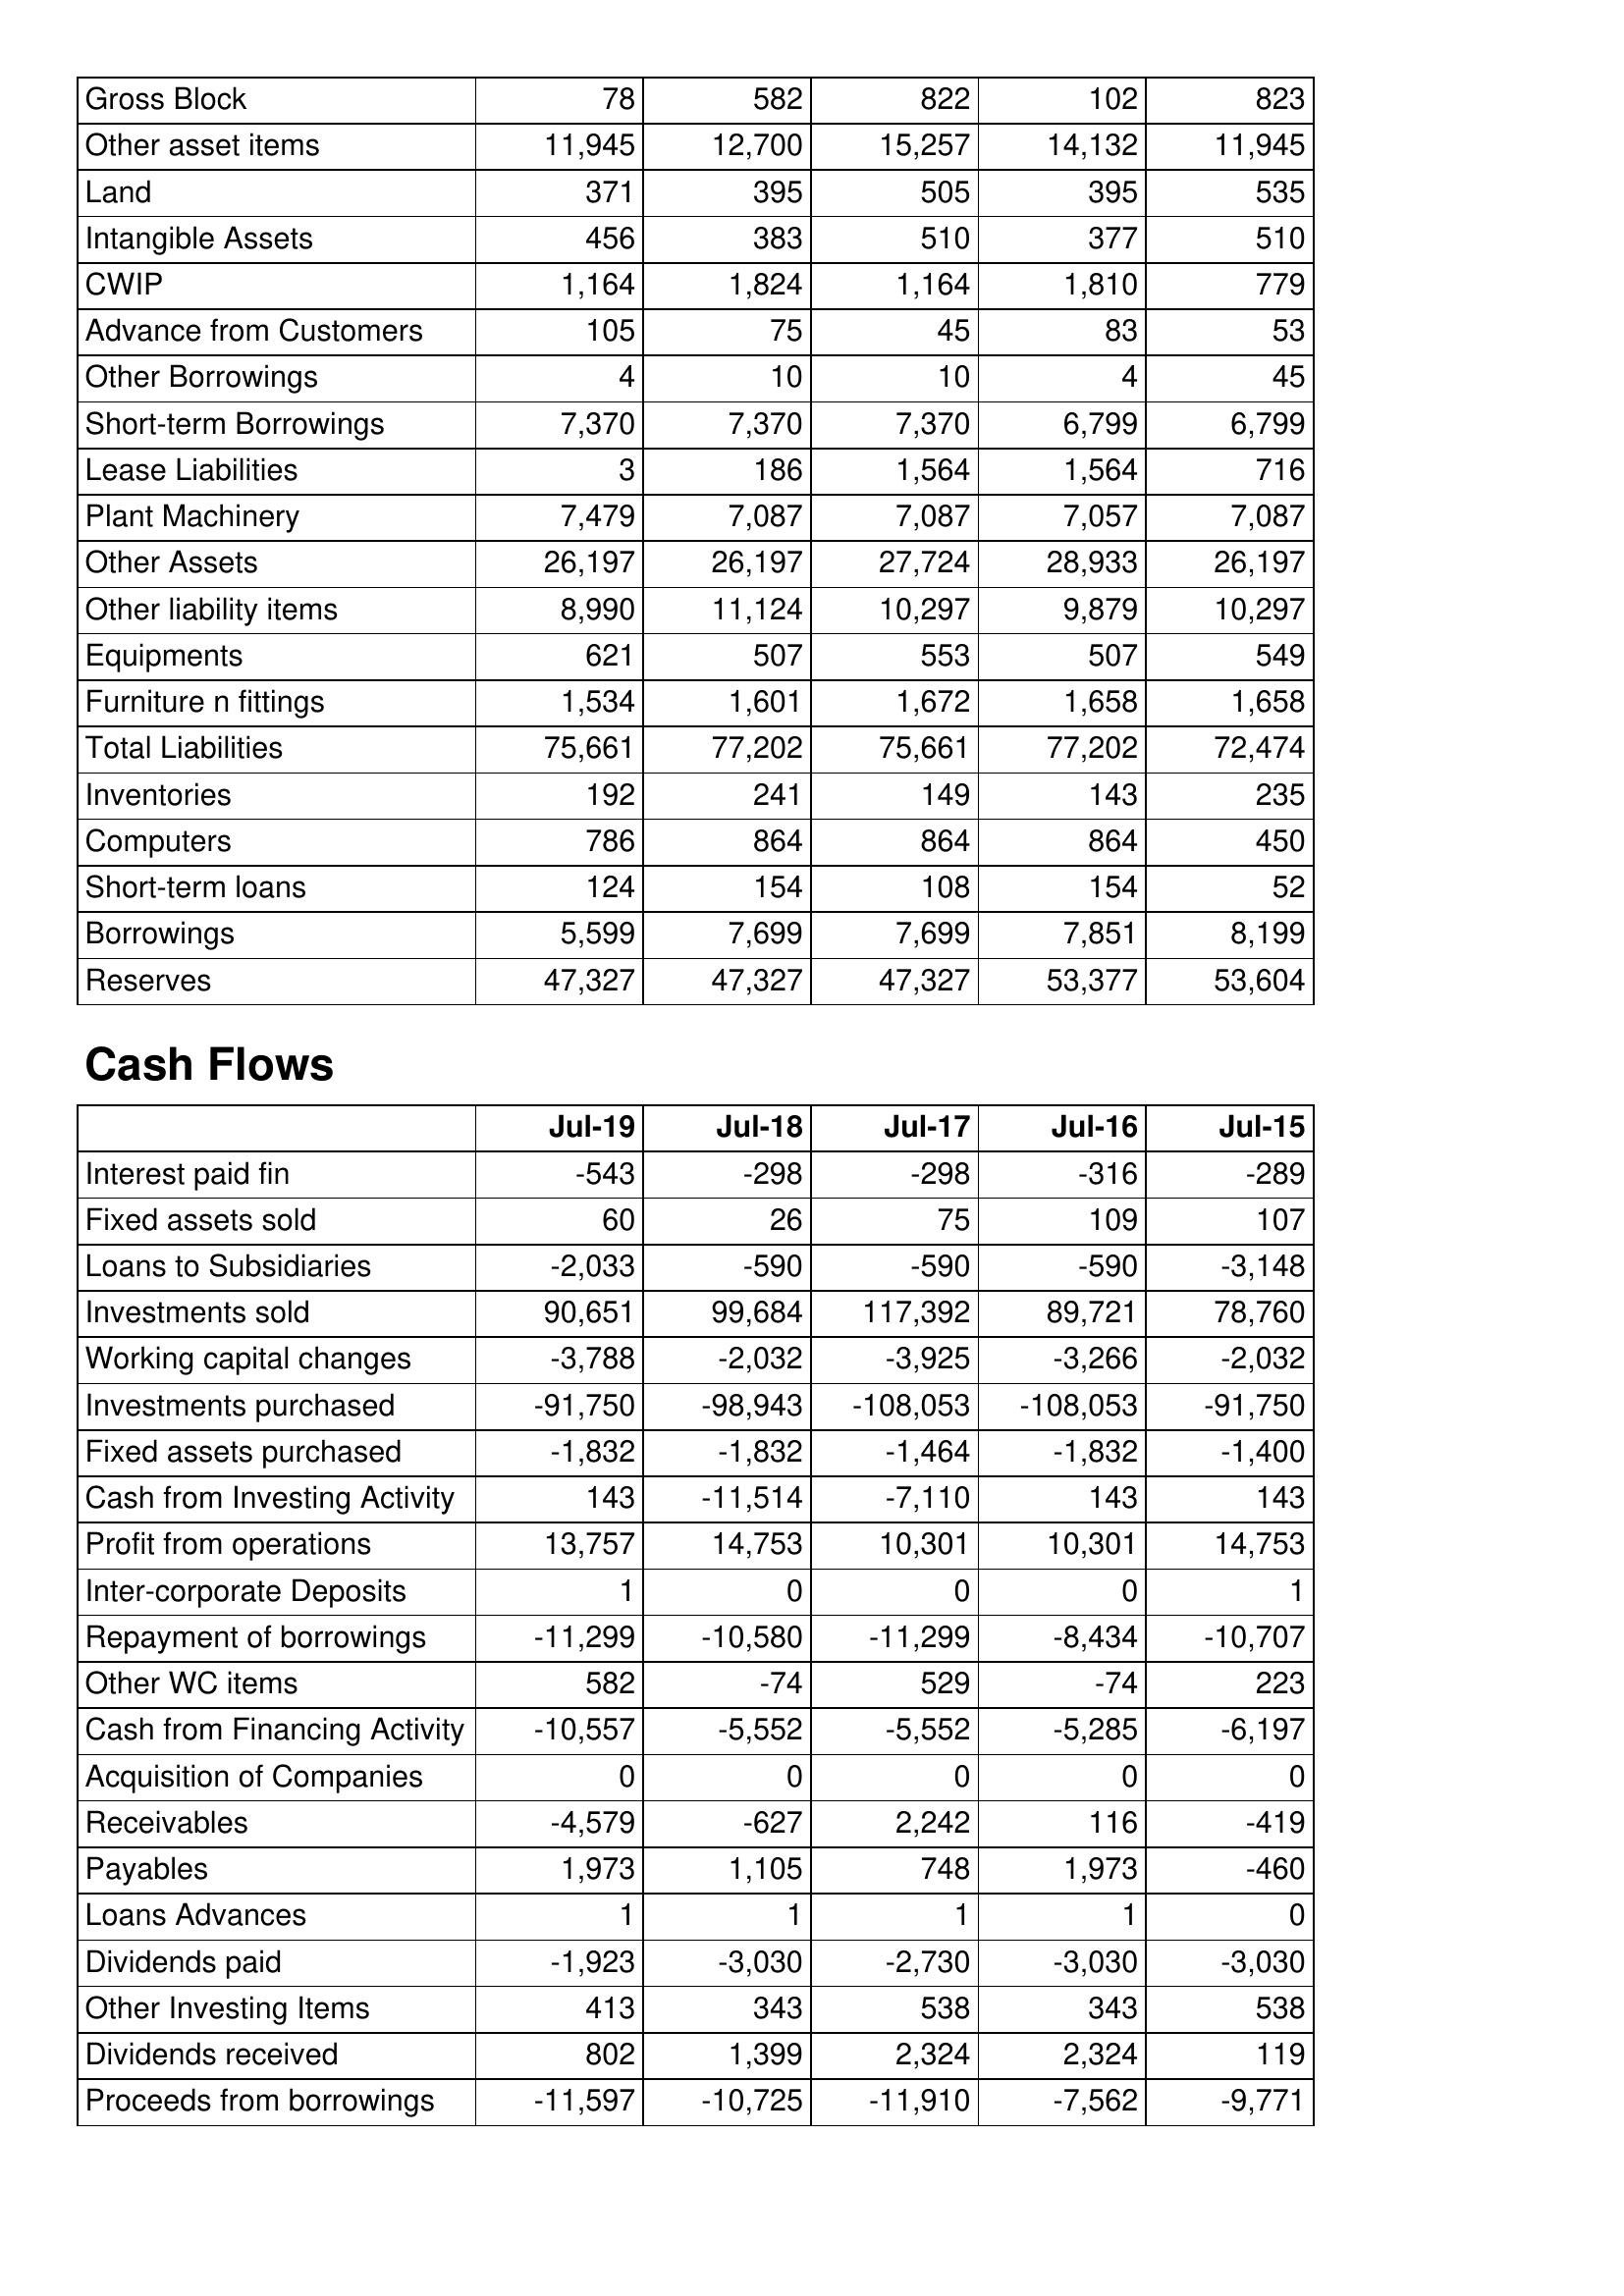
Jul-19: Balance Sheet: Gross Block: 78
Other asset items: 11,945
Land: 371
Intangible Assets: 456
CWIP: 1,164
Advance from Customers: 105
Other Borrowings: 4
Short-term Borrowings: 7,370
Lease Liabilities: 3
Plant Machinery: 7,479
Other Assets: 26,197
Other liability items: 8,990
Equipments: 621
Furniture n fittings: 1,534
Total Liabilities: 75,661
Inventories: 192
Computers: 786
Short-term loans: 124
Borrowings: 5,599
Reserves: 47,327
Cash Flows: Interest paid fin: -543
Fixed assets sold: 60
Loans to Subsidiaries: -2,033
Investments sold: 90,651
Working capital changes: -3,788
Investments purchased: -91,750
Fixed assets purchased: -1,832
Cash from Investing Activity: 143
Profit from operations: 13,757
Inter-corporate Deposits: 1
Repayment of borrowings: -11,299
Other WC items: 582
Cash from Financing Activity: -10,557
Acquisition of Companies: 0
Receivables: -4,579
Payables: 1,973
Loans Advances: 1
Dividends paid: -1,923
Other Investing Items: 413
Dividends received: 802
Proceeds from borrowings: -11,597
Jul-18: Balance Sheet: Gross Block: 582
Other asset items: 12,700
Land: 395
Intangible Assets: 383
CWIP: 1,824
Advance from Customers: 75
Other Borrowings: 10
Short-term Borrowings: 7,370
Lease Liabilities: 186
Plant Machinery: 7,087
Other Assets: 26,197
Other liability items: 11,124
Equipments: 507
Furniture n fittings: 1,601
Total Liabilities: 77,202
Inventories: 241
Computers: 864
Short-term loans: 154
Borrowings: 7,699
Reserves: 47,327
Cash Flows: Interest paid fin: -298
Fixed assets sold: 26
Loans to Subsidiaries: -590
Investments sold: 99,684
Working capital changes: -2,032
Investments purchased: -98,943
Fixed assets purchased: -1,832
Cash from Investing Activity: -11,514
Profit from operations: 14,753
Inter-corporate Deposits: 0
Repayment of borrowings: -10,580
Other WC items: -74
Cash from Financing Activity: -5,552
Acquisition of Companies: 0
Receivables: -627
Payables: 1,105
Loans Advances: 1
Dividends paid: -3,030
Other Investing Items: 343
Dividends received: 1,399
Proceeds from borrowings: -10,725
Jul-17: Balance Sheet: Gross Block: 822
Other asset items: 15,257
Land: 505
Intangible Assets: 510
CWIP: 1,164
Advance from Customers: 45
Other Borrowings: 10
Short-term Borrowings: 7,370
Lease Liabilities: 1,564
Plant Machinery: 7,087
Other Assets: 27,724
Other liability items: 10,297
Equipments: 553
Furniture n fittings: 1,672
Total Liabilities: 75,661
Inventories: 149
Computers: 864
Short-term loans: 108
Borrowings: 7,699
Reserves: 47,327
Cash Flows: Interest paid fin: -298
Fixed assets sold: 75
Loans to Subsidiaries: -590
Investments sold: 117,392
Working capital changes: -3,925
Investments purchased: -108,053
Fixed assets purchased: -1,464
Cash from Investing Activity: -7,110
Profit from operations: 10,301
Inter-corporate Deposits: 0
Repayment of borrowings: -11,299
Other WC items: 529
Cash from Financing Activity: -5,552
Acquisition of Companies: 0
Receivables: 2,242
Payables: 748
Loans Advances: 1
Dividends paid: -2,730
Other Investing Items: 538
Dividends received: 2,324
Proceeds from borrowings: -11,910
Jul-16: Balance Sheet: Gross Block: 102
Other asset items: 14,132
Land: 395
Intangible Assets: 377
CWIP: 1,810
Advance from Customers: 83
Other Borrowings: 4
Short-term Borrowings: 6,799
Lease Liabilities: 1,564
Plant Machinery: 7,057
Other Assets: 28,933
Other liability items: 9,879
Equipments: 507
Furniture n fittings: 1,658
Total Liabilities: 77,202
Inventories: 143
Computers: 864
Short-term loans: 154
Borrowings: 7,851
Reserves: 53,377
Cash Flows: Interest paid fin: -316
Fixed assets sold: 109
Loans to Subsidiaries: -590
Investments sold: 89,721
Working capital changes: -3,266
Investments purchased: -108,053
Fixed assets purchased: -1,832
Cash from Investing Activity: 143
Profit from operations: 10,301
Inter-corporate Deposits: 0
Repayment of borrowings: -8,434
Other WC items: -74
Cash from Financing Activity: -5,285
Acquisition of Companies: 0
Receivables: 116
Payables: 1,973
Loans Advances: 1
Dividends paid: -3,030
Other Investing Items: 343
Dividends received: 2,324
Proceeds from borrowings: -7,562
Jul-15: Balance Sheet: Gross Block: 823
Other asset items: 11,945
Land: 535
Intangible Assets: 510
CWIP: 779
Advance from Customers: 53
Other Borrowings: 45
Short-term Borrowings: 6,799
Lease Liabilities: 716
Plant Machinery: 7,087
Other Assets: 26,197
Other liability items: 10,297
Equipments: 549
Furniture n fittings: 1,658
Total Liabilities: 72,474
Inventories: 235
Computers: 450
Short-term loans: 52
Borrowings: 8,199
Reserves: 53,604
Cash Flows: Interest paid fin: -289
Fixed assets sold: 107
Loans to Subsidiaries: -3,148
Investments sold: 78,760
Working capital changes: -2,032
Investments purchased: -91,750
Fixed assets purchased: -1,400
Cash from Investing Activity: 143
Profit from operations: 14,753
Inter-corporate Deposits: 1
Repayment of borrowings: -10,707
Other WC items: 223
Cash from Financing Activity: -6,197
Acquisition of Companies: 0
Receivables: -419
Payables: -460
Loans Advances: 0
Dividends paid: -3,030
Other Investing Items: 538
Dividends received: 119
Proceeds from borrowings: -9,771